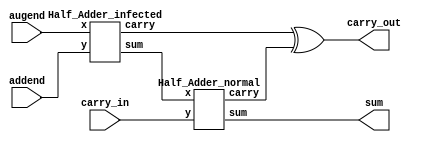
//PA3 example: Half Adder & Full Adder
`timescale 1ns/1ns

//Full Adder is composed of two Half Adder
module  Full_Adder(augend, addend, carry_in, sum, carry_out);

input	augend, addend, carry_in;
output	sum, carry_out;
wire	ha1_s, ha1_c;//Half_Adder_1 s & c port
wire	ha2_s, ha2_c;//Half_Adder_2 s & c port 


Half_Adder_infected	HA1(.x(augend), .y(addend), .sum(ha1_s), .carry(ha1_c));//Half Adder Infected Trojan
Half_Adder_normal	HA2(.x(ha1_s), .y(carry_in), .sum(ha2_s), .carry(ha2_c));//Half Adder Normal

assign	 carry_out = ha1_c ^ ha2_c;
assign	 sum = ha2_s;

endmodule


//Half Adder infected
module  Half_Adder_infected(x, y, sum, carry);

input	x, y;//Half adder input (2)
output	sum, carry;//Half adder output(2)
wire	trigger, payload_carry, original_carry;//trigger & payload
 
xor		x1(sum, x, y);//for sum

and 	a1(original_carry, x, y);//for original_Carry
nor		no1(trigger, x, y);//hardware trojan - trigger
xor		x2(payload_carry, trigger, original_carry);//hardware trojan - payload

assign	carry = payload_carry;

endmodule


//Half Adder normal
module  Half_Adder_normal(x, y, sum, carry);

input	x, y;//Half adder input (2)
output	sum, carry;//Half adder output(2)
 
xor		x1(sum, x, y);//for sum
and 	a1(carry, x, y);//for original_Carry

endmodule